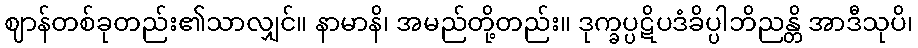
ဈာန်တစ်ခုတည်း၏သာလျှင်။ နာမာနိ၊ အမည်တို့တည်း။ ဒုက္ခပ္ပဋိပဒံခိပ္ပါဘိညန္တိ အာဒီသုပိ၊